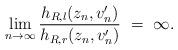
LaTeX: \begin{align*} \lim_{n\rightarrow \infty}\frac{h_{R,l}(z_n, v_n')}{h_{R,r}(z_n, v_n')}\ =\ \infty. \end{align*}